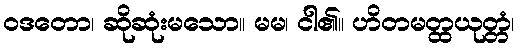
ဝဒတော၊ ဆိုဆုံးမသော။ မမ၊ ငါ၏။ ဟိတမတ္ထယုတ္တံ၊